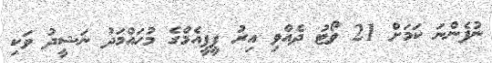
ނުފެންނަ ކަމަށް 21 ވޯޓު ދެއްވި އިރު ޕީޕީއެމްގެ މުހައްމަދު ނަޝީދު ވަކި